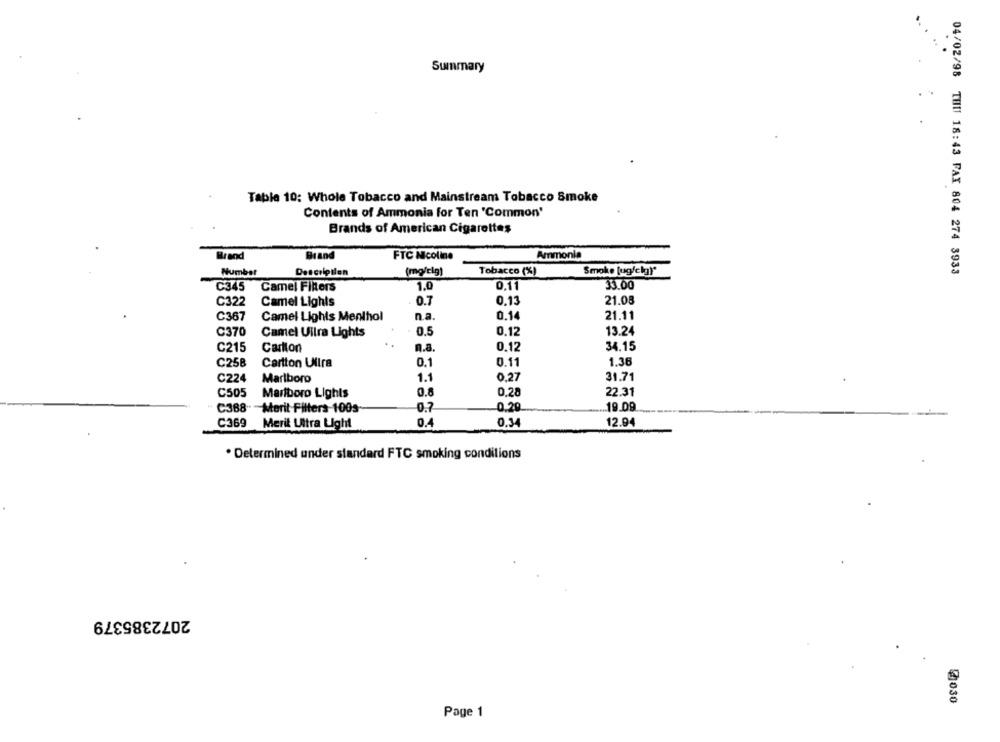
Summary
Table 10: Whole Tobacco and Mainstream Tobacco Smoke
Contents of Ammonia for Ten 'Common'
Brands of American Cigarettes
Brand
Brand
FTC Nicoline
Ammonia
Number
Descripilen
(mg/clg)
Tobacco (%)
Smoke [ugfelg)"
04/02/98 THIl 18:43 FAX 804 274 3933
C345
Camel Filters
1.0
0,11
33.00
C322
Camel Lights
0.7
0.13
21.08
C367
Camel Lights Menthol
n.a.
0.14
21.11
C370
Camel Uilra Lights
0.5
0.12
13.24
C215
Carlton
. .
n.a.
0.12
34.15
C258
Cartton Ulira
0.1
0.11
1.36
C224
Marlboro
1.1
0,27
31.71
C505
Marlboro Lights
0.8
0.28
22.31
C388. - Marit-Filters-100s-
0.7
-0.20
19.09
C369
0.4
0.34
12.94
Merit Ultra Light
. Determined under standard FTC smoking conditions
2072385379
@030
Page 1